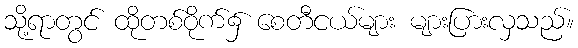
သို့ရာတွင် ထိုတစ်ဝိုက်၌ စေတီငယ်များ များပြားလှသည်။